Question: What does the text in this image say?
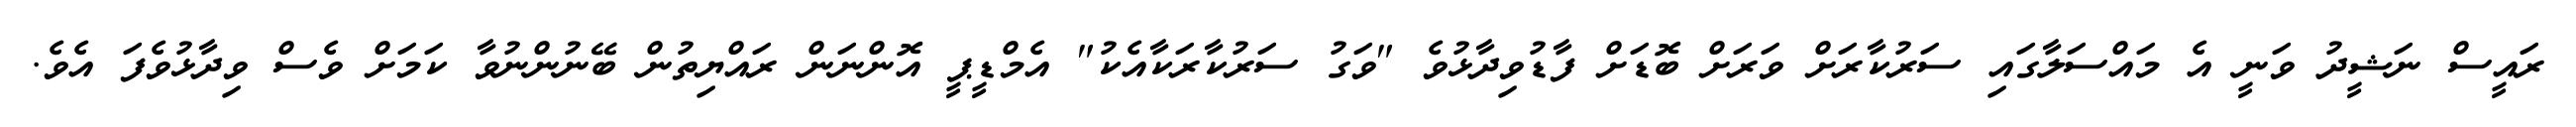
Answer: ރައީސް ނަޝީދު ވަނީ އެ މައްސަލާގައި ސަރުކާރަށް ވަރަށް ބޮޑަށް ފާޑުވިދާޅުވެ "ވަގު ސަރުކާރަކާއެކު" އެމްޑީޕީ އޮންނަން ރައްޔިތުން ބޭނުންނުވާ ކަމަށް ވެސް ވިދާޅުވެފަ އެވެ.